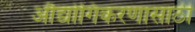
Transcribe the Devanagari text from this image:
औद्योगिकरणासाठी